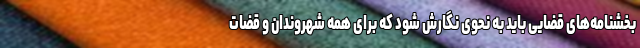
بخشنامه‌های قضایی باید به نحوی نگارش شود که برای همه شهروندان و قضات